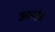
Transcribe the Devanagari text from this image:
आतति